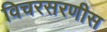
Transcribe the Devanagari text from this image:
विचरसरणीस